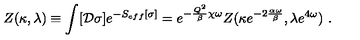
Z ( \kappa , \lambda ) \equiv \int [ { \cal D } \sigma ] e ^ { - S _ { e f f } [ \sigma ] } = e ^ { - { \frac { Q ^ { 2 } } { \beta } } \chi \omega } Z ( \kappa e ^ { - 2 { \frac { \alpha \omega } { \beta } } } , \lambda e ^ { 4 \omega } ) \ .